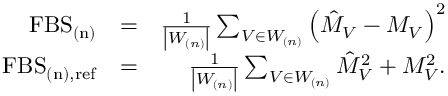
\begin{array} { r l r } { \mathrm { F B S } _ { \mathrm { ( n ) } } } & { = } & { \frac { 1 } { \left| W _ { ( n ) } \right| } \sum _ { V \in W _ { ( n ) } } \left( \hat { M } _ { V } - M _ { V } \right) ^ { 2 } } \\ { \mathrm { F B S } _ { \mathrm { ( n ) , r e f } } } & { = } & { \frac { 1 } { \left| W _ { ( n ) } \right| } \sum _ { V \in W _ { ( n ) } } \hat { M } _ { V } ^ { 2 } + M _ { V } ^ { 2 } . } \end{array}